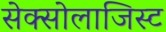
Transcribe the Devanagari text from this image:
सेक्सोलाजिस्ट